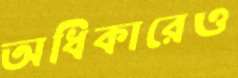
অধিকারেও